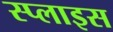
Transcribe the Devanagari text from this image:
स्प्लाइस